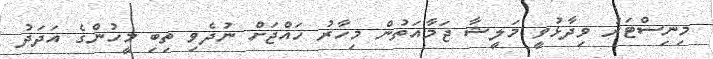
މިނިސްޓަރު ވިދާޅުވީ މަލީޝާ ޖަމާއަތުން މިހާރު ހައްޖަށް ނުދެވި ތިބި މީހުންގެ އަދަދު